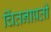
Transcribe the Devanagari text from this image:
चिंतनाप्रती